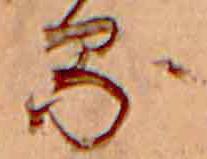
る